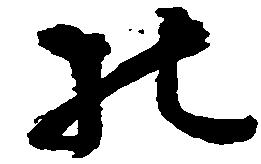
の